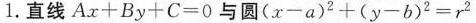
1.直线$$A x + B y + C = 0$$与圆$$( x - a ) ^ { 2 } + ( y - b ) ^ { 2 } = r ^ { 2 }$$